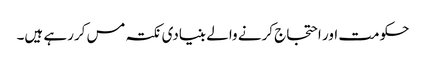
حکومت اور احتجاج کرنے والے بنیادی نکتہ مس کررہے ہیں۔